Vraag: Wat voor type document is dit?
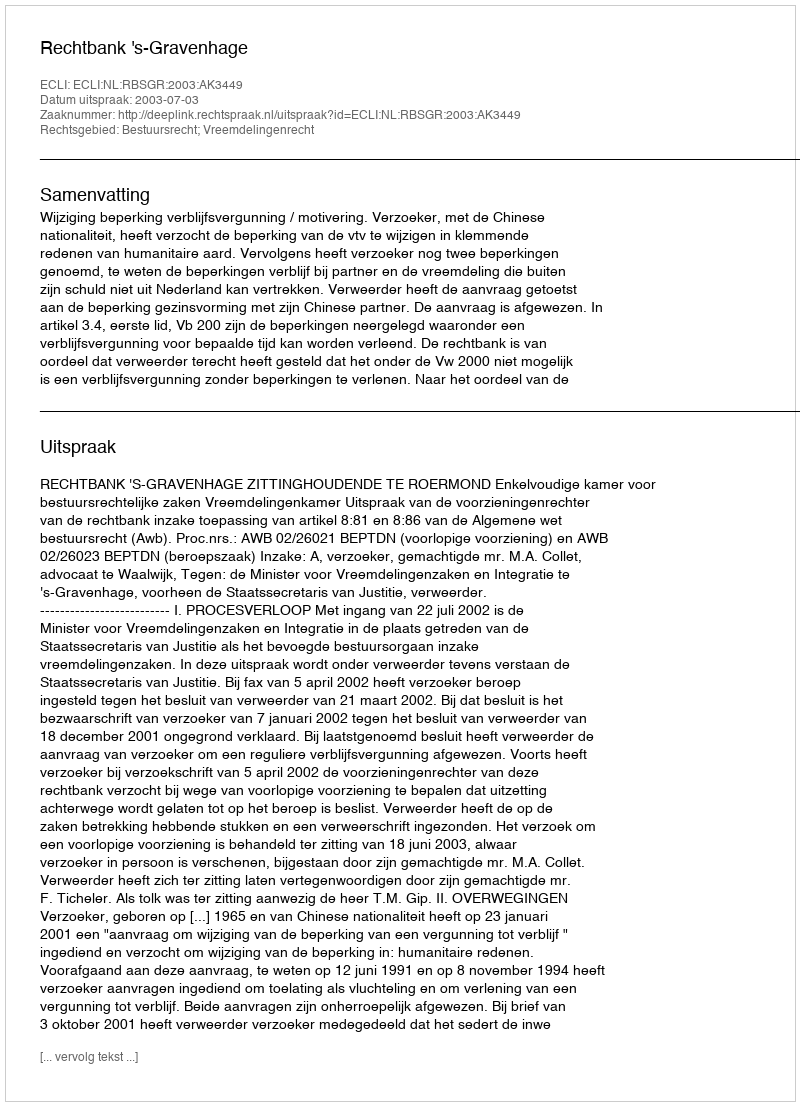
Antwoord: Uitspraak